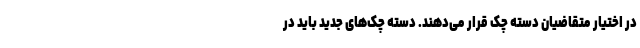
در اختیار متقاضیان دسته چک قرار می‌دهند. دسته چک‌های جدید باید در